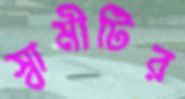
স্বামীটির